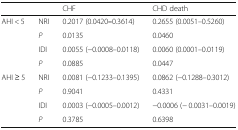
<table><thead><tr><td></td><td></td><td><b>CHF</b></td><td><b>CHD death</b></td></tr></thead><tbody><tr><td rowspan="4">AHI &lt; 5</td><td>NRI</td><td>0.2017 (0.0420<b>–</b>0.3614)</td><td>0.2655 (0.0051–0.5260)</td></tr><tr><td><i>P</i></td><td>0.0135</td><td>0.0460</td></tr><tr><td>IDI</td><td>0.0055 (−0.0008–0.0118)</td><td>0.0060 (0.0001–0.0119)</td></tr><tr><td><i>P</i></td><td>0.0885</td><td>0.0447</td></tr><tr><td rowspan="4">AHI ≥ 5</td><td>NRI</td><td>0.0081 (−0.1233–0.1395)</td><td>0.0862 (−0.1288–0.3012)</td></tr><tr><td><i>P</i></td><td>0.9041</td><td>0.4331</td></tr><tr><td>IDI</td><td>0.0003 (−0.0005–0.0012)</td><td>−0.0006 (− 0.0031–0.0019)</td></tr><tr><td><i>P</i></td><td>0.3785</td><td>0.6398</td></tr></tbody></table>